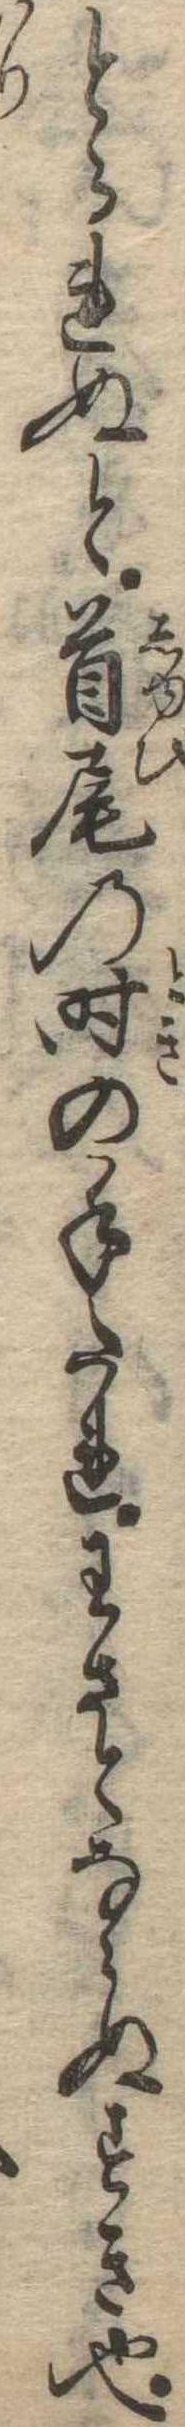
とられぬと首尾の時の手たれわさとならぬすき也